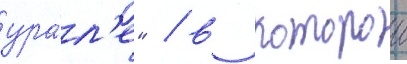
ура́л'е" / в которои